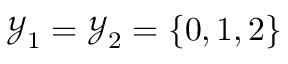
\mathcal { Y } _ { 1 } = \mathcal { Y } _ { 2 } = \{ 0 , 1 , 2 \}